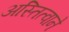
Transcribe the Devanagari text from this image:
अस्तित्वाने